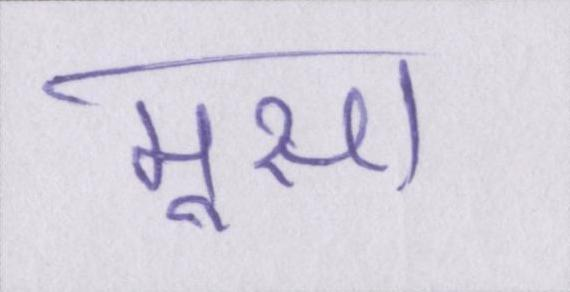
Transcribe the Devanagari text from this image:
मूसा